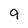
Character: 9